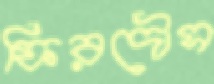
ফিরদৌস